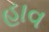
હાવ